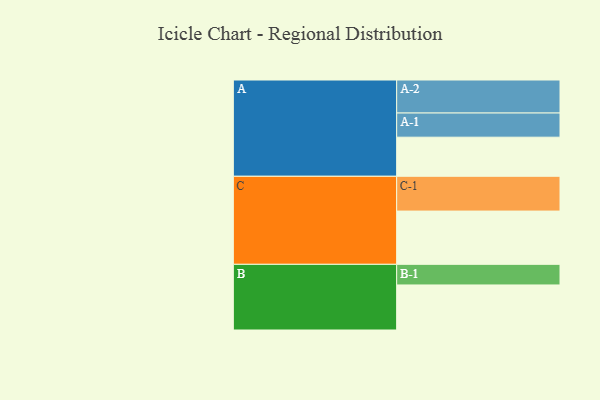
{"axis": {"x": "Segment", "y": "Value"}, "legend": ["", "A", "B", "C"], "data": [{"x": "A", "y": 328, "type": ""}, {"x": "B", "y": 378, "type": ""}, {"x": "C", "y": 447, "type": ""}, {"x": "A-1", "y": 203, "type": "A"}, {"x": "A-2", "y": 277, "type": "A"}, {"x": "B-1", "y": 173, "type": "B"}, {"x": "C-1", "y": 292, "type": "C"}]}